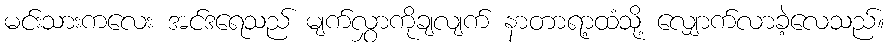
မင်းသားကလေး အင်ဒရေသည် မျက်လွှာကိုချလျက် နာတာရာ့ထံသို့ လျှောက်လာခဲ့လေသည်။